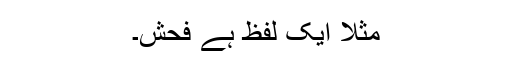
مثلا ایک لفظ ہے فحش۔